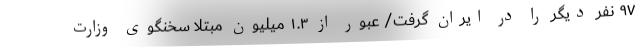
۹۷ نفر دیگر را در ایران گرفت/ عبور از ۱.۳ میلیون مبتلا سخنگوی وزارت